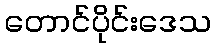
တောင်ပိုင်းဒေသ